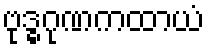
ဗုဒ္ဓဂုဏကထာယံ